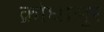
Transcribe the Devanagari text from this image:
क्रोधासुर